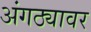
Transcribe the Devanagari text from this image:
अंगठ्यावर